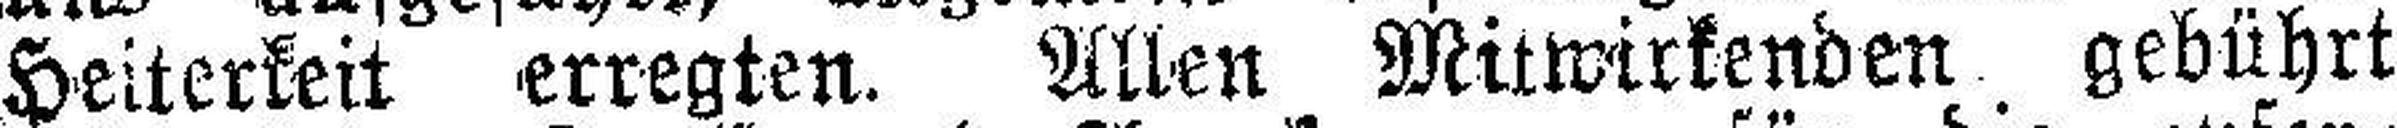
Heiterkeit erregten. Allen Mitwirkenden gebührt